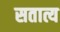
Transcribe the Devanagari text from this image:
सतात्य